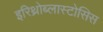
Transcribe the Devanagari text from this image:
इरिथ्रोब्लास्टोसिस